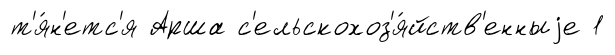
т'я́н'етс'я Арша с'ельскохоз'я́йств'енныjе 1